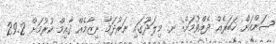
ސަންއަށް ޚަބަރެއް ދެއްވުމަށް: ނ. މިލަދޫގައި ނަރުދަމާ ނިޒާމެއް ޤާއިމް ކުރުމަށް 29.2